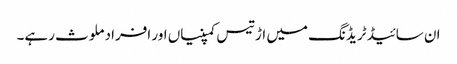
ان سائیڈ ٹریڈنگ میں اڑتیس کمپنیاں اور افراد ملوث رہے۔